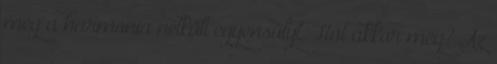
meg a harmónia nélküli egyensúlyt. Hát akkor meg? Az